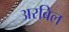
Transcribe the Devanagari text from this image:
अरबिल